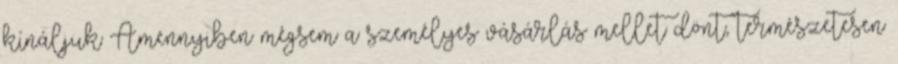
kínáljuk Amennyiben mégsem a személyes vásárlás mellet dönt, természetesen